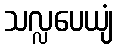
သလ္လပေယျံ